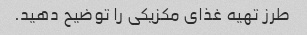
طرز تهیه غذای مکزیکی را توضیح دهید.